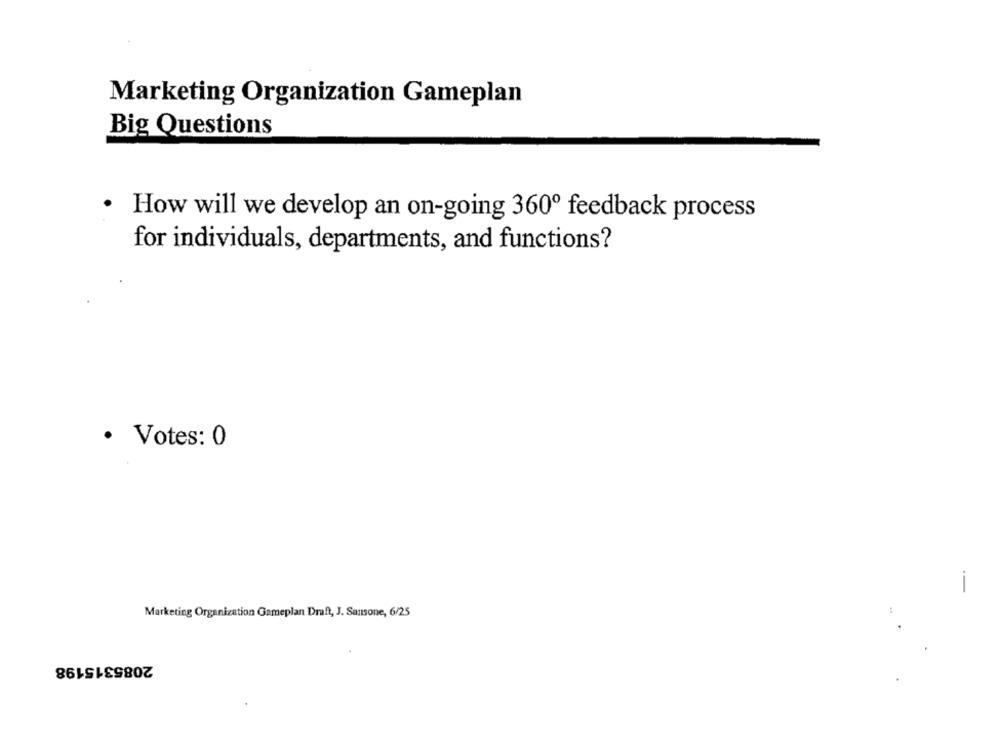
Marketing Organization Gameplan
Big Questions
How will we develop an on-going 360º feedback process
for individuals, departments, and functions?
· Votes: 0
-
Marketing Organization Gameplan Draft, J. Sansone, 6/25
2085315198